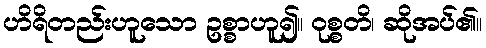
ဟိရိတည်းဟူသော ဥစ္စာဟူ၍။ ဝုစ္စတိ၊ ဆိုအပ်၏။